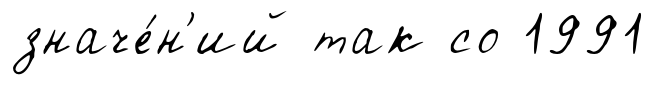
значе́н'ий так со 1991